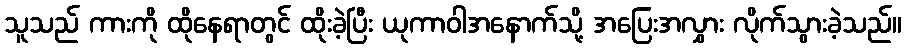
သူသည် ကားကို ထိုနေရာတွင် ထိုးခဲ့ပြီး ယုကာဝါအနောက်သို့ အပြေးအလွှား လိုက်သွားခဲ့သည်။